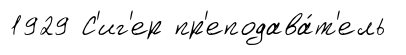
1929 С'иг'ер пр'еподава́т'ель